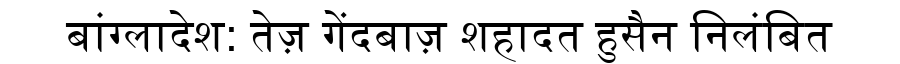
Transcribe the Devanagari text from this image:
बांग्लादेश: तेज़ गेंदबाज़ शहादत हुसैन निलंबित